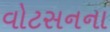
વોટસનના